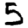
Digit: 5